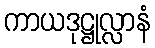
ကာယဒုဋ္ဌုလ္လာနံ